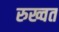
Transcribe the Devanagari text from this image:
रुख्वत